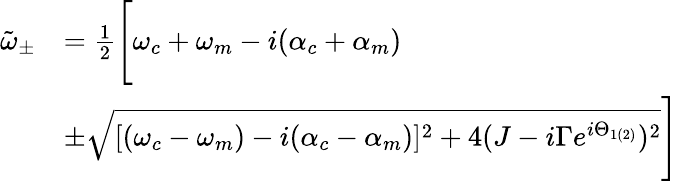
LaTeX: \begin{array}{rl}{\tilde{\omega}_{\pm}}&{=\frac{1}{2}\Bigg[\omega_{c}+\omega_{m}-i(\alpha_{c}+\alpha_{m})}\\ &{\pm\sqrt{[(\omega_{c}-\omega_{m})-i(\alpha_{c}-\alpha_{m})]^{2}+4(J-i\Gamma e^{i\Theta_{1(2)}})^{2}}\Bigg]}\end{array}